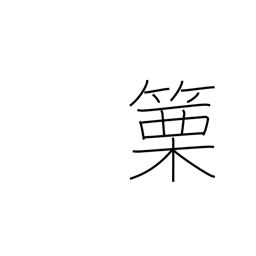
Meaning: horn